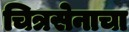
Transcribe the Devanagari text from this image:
चित्रसेनाचा